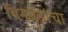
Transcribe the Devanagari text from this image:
बिनबुडाचा